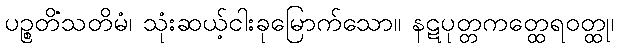
ပဉ္စတိံသတိမံ၊ သုံးဆယ့်ငါးခုမြောက်သော။ နဋပုတ္တကတ္ထေရဝတ္ထု၊